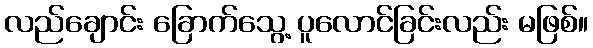
လည်ချောင်း ခြောက်သွေ့ ပူလောင်ခြင်းလည်း မဖြစ်။